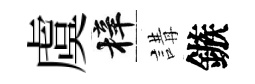
虞梓講鏃